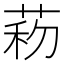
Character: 菞